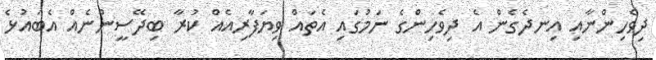
ދިވެހިންނާއި އިނދެގެން އެ ދިވެހިންގެ ނަމުގައި އެތައް ވިޔަފާރިއެއް ކުރާ ބިދޭސީންނެއް އެބައުޅެ